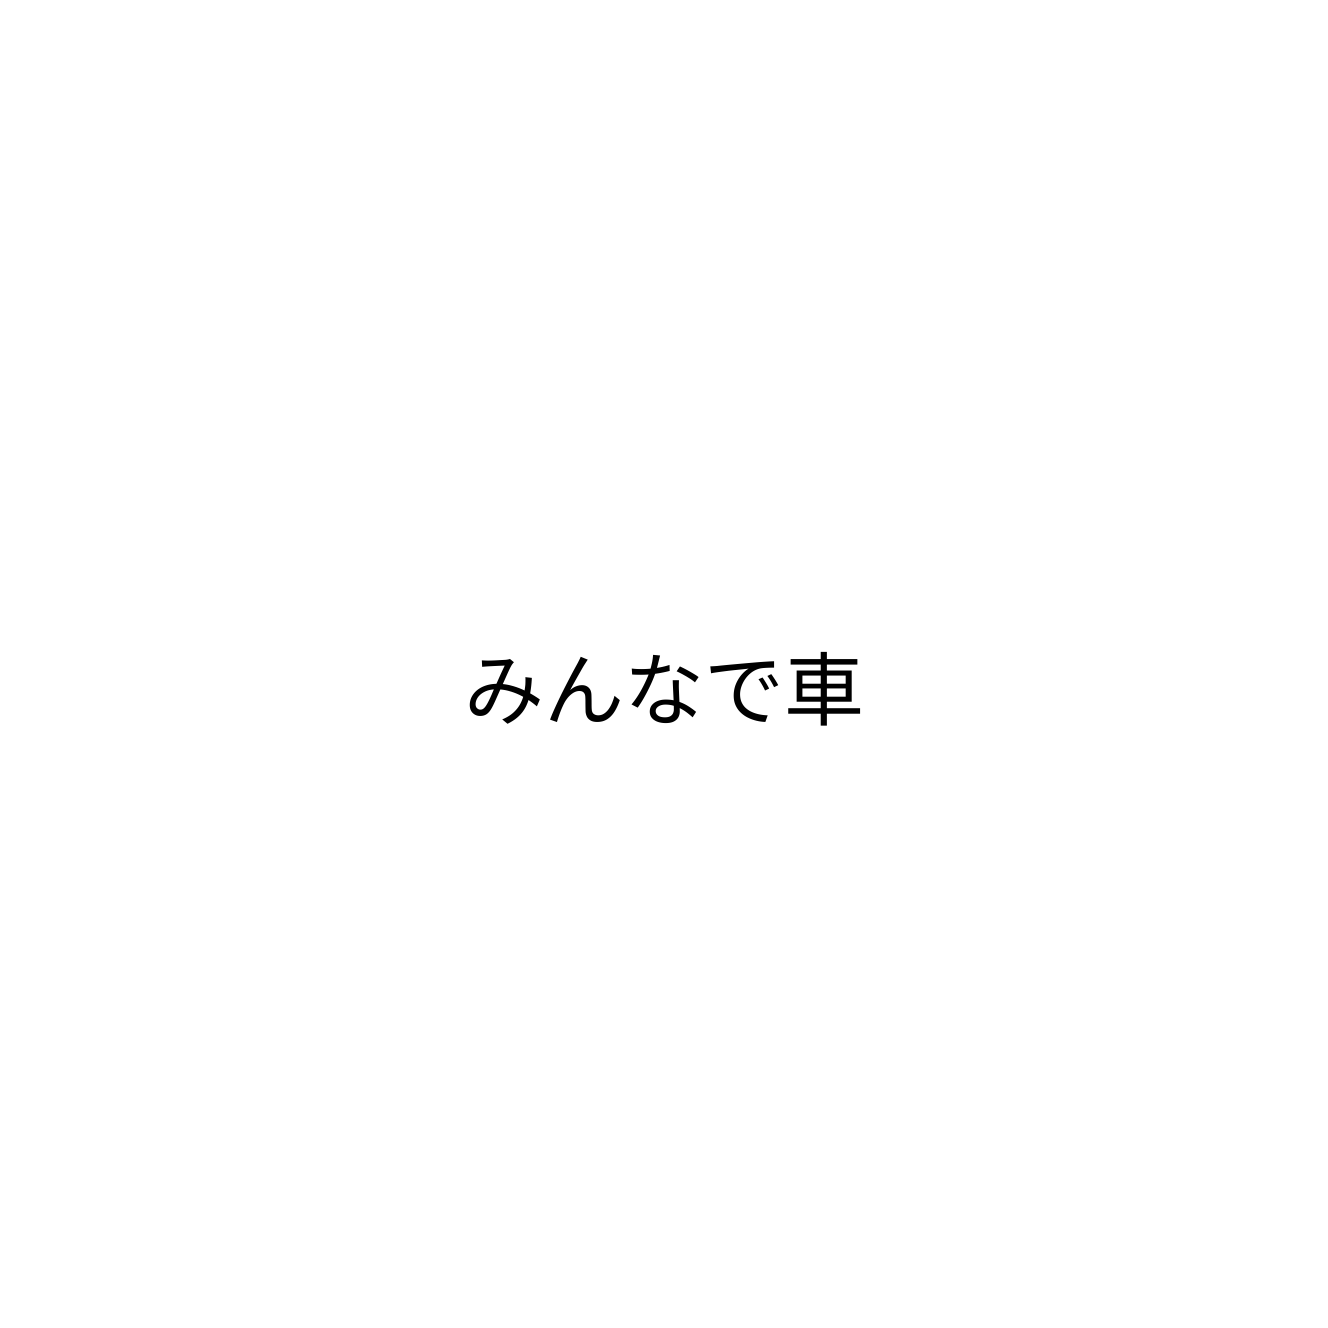
みんなで車